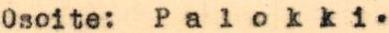
0soite: Palokki.